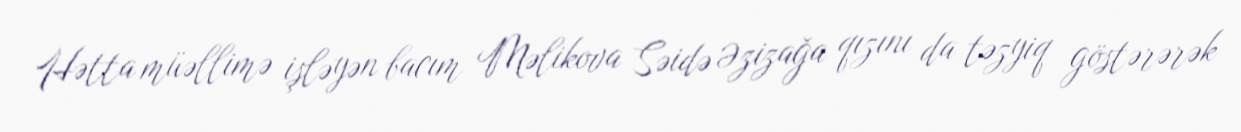
Hətta müəllimə işləyən bacım Məlikova Səidə Əzizağa qızını da təzyiq göstərərək